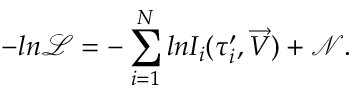
- l n \mathscr { L } = - \sum _ { i = 1 } ^ { N } l n I _ { i } ( { \tau } _ { i } ^ { \prime } , \overrightarrow { V } ) + \mathscr { N } .